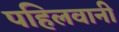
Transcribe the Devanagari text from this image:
पहिलवानी